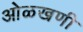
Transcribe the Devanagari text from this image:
ओळखणी